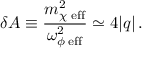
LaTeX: \delta A \equiv \frac { m _ { \chi \; \mathrm { e f f } } ^ { 2 } } { \omega _ { \phi \; \mathrm { e f f } } ^ { 2 } } \simeq 4 \vert q \vert \, .